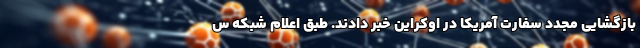
بازگشایی مجدد سفارت آمریکا در اوکراین خبر دادند. طبق اعلام شبكه س